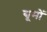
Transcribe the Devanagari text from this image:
द्यूमों